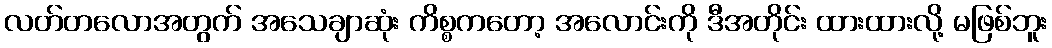
လတ်တလောအတွက် အသေချာဆုံး ကိစ္စကတော့ အလောင်းကို ဒီအတိုင်း ထားထားလို့ မဖြစ်ဘူး